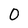
Character: 0